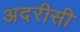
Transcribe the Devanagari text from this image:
अदरीसी